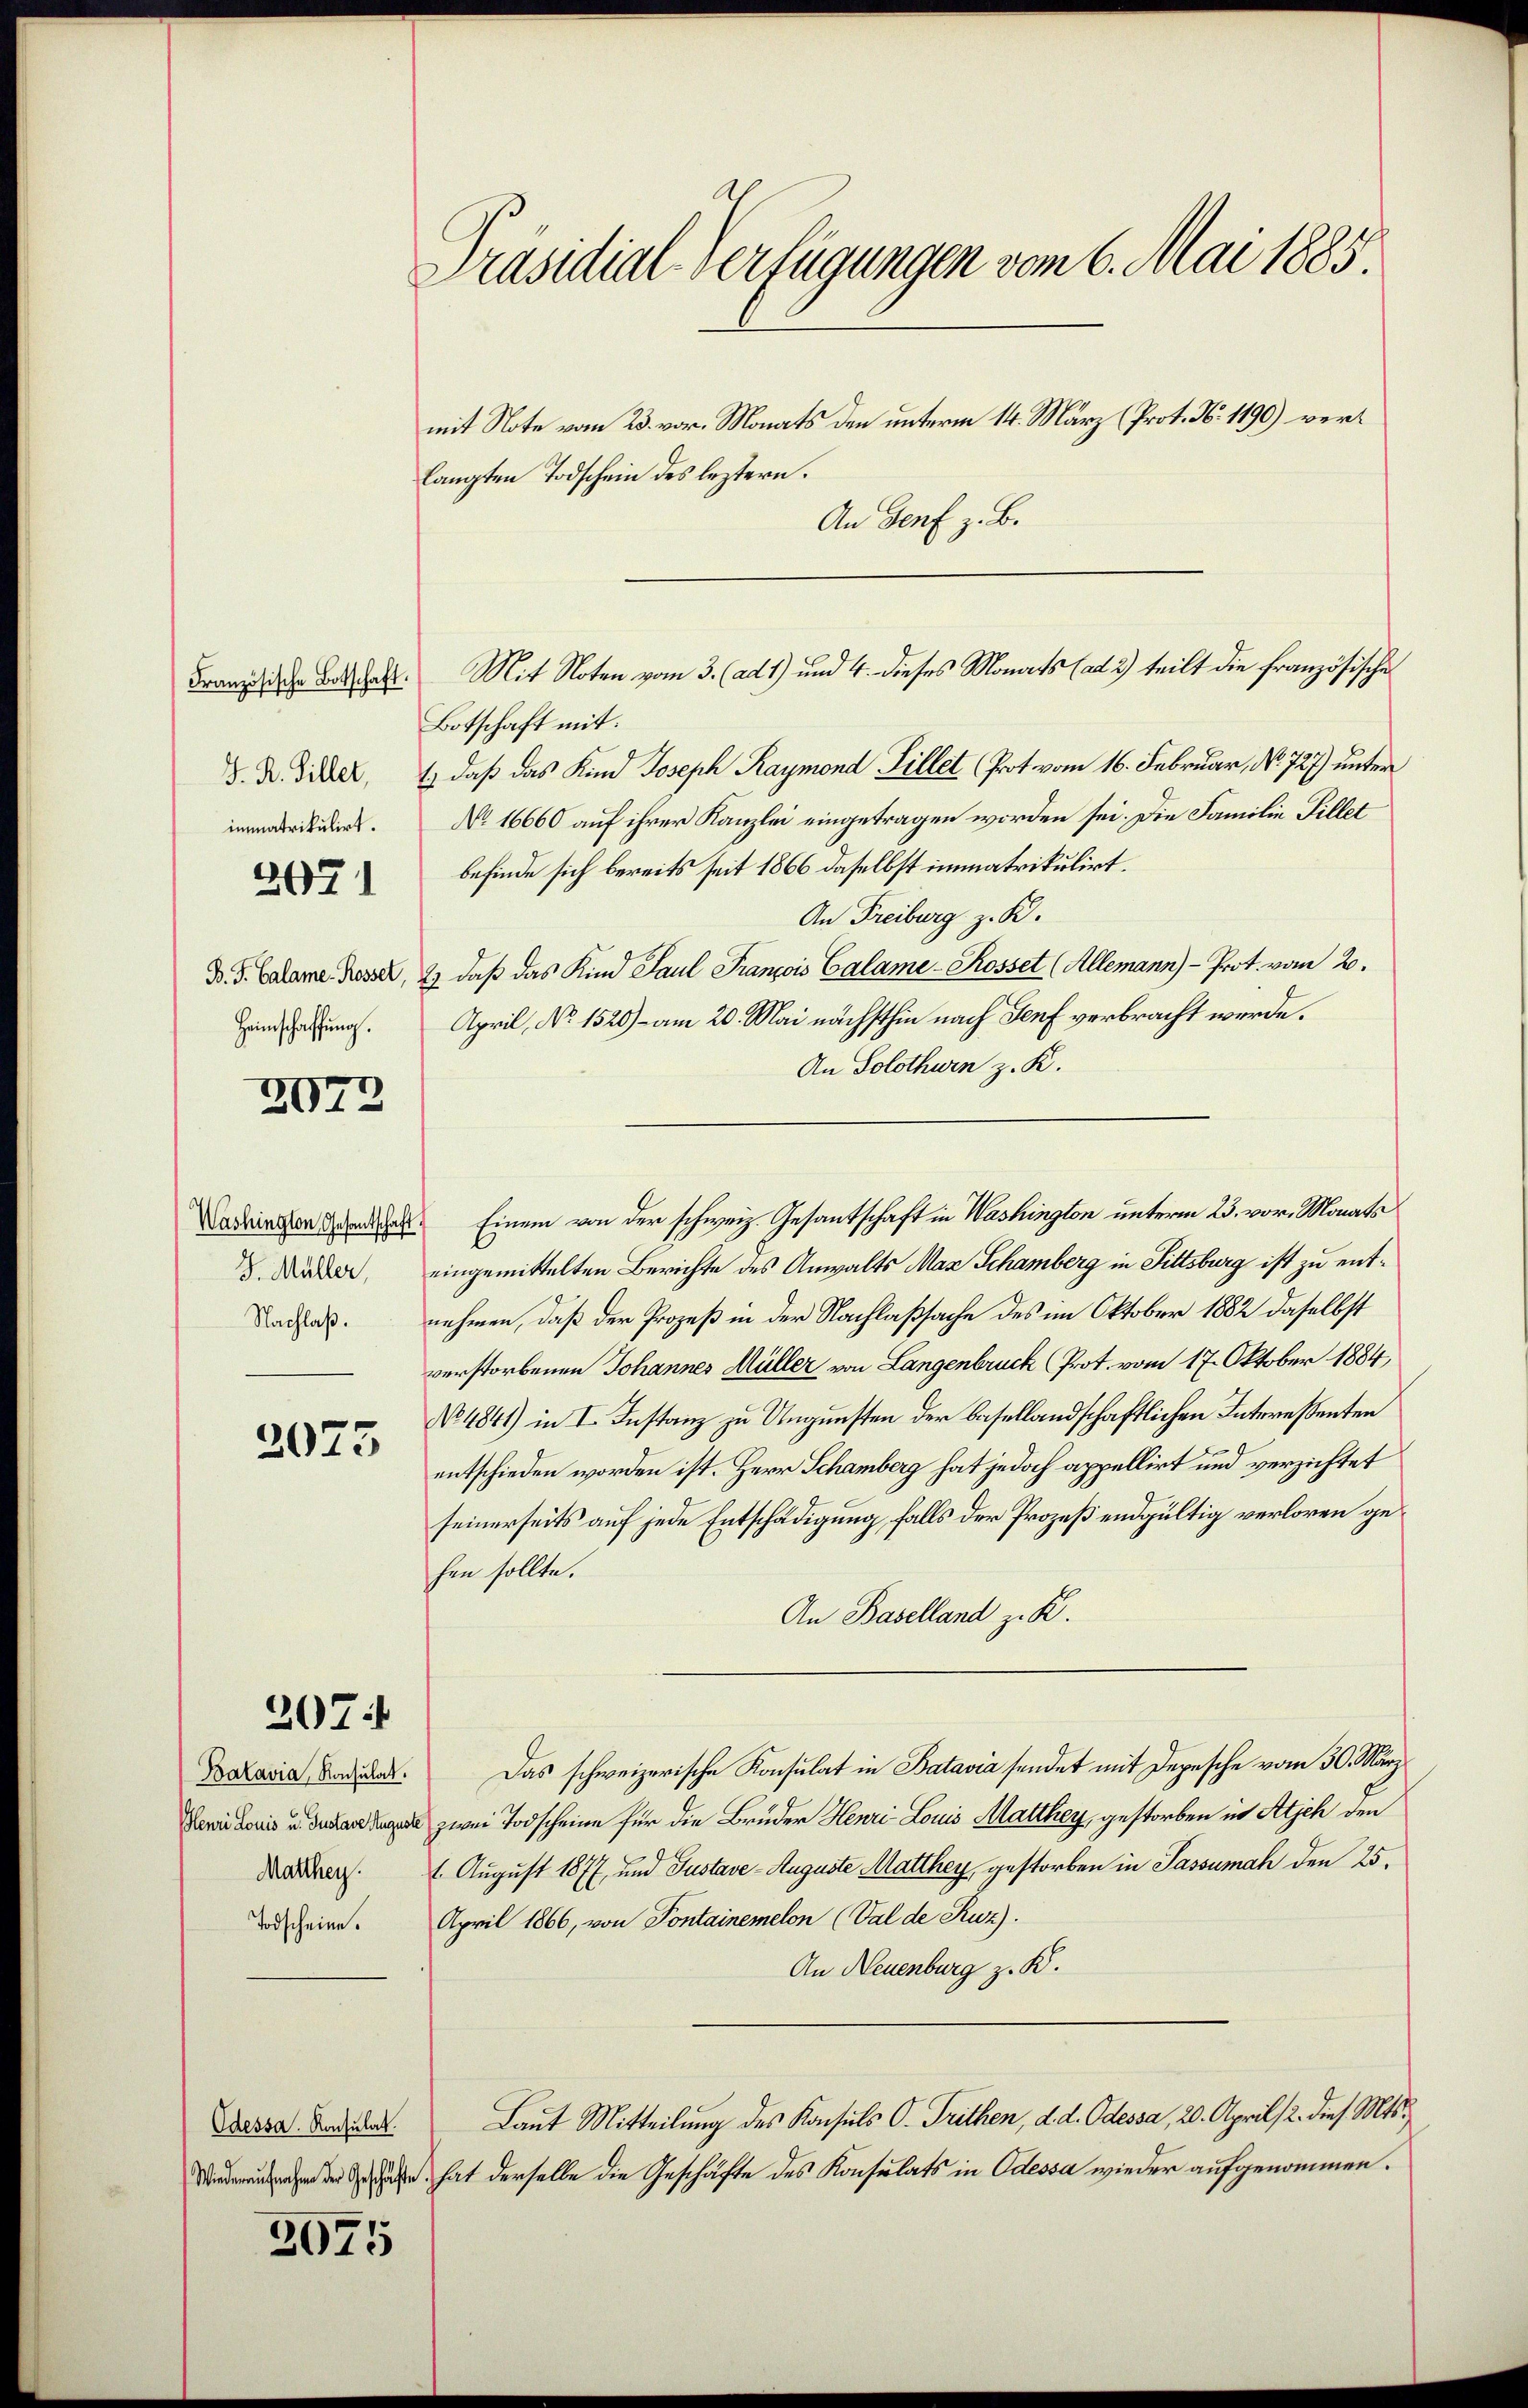
J. R. Gillet,
immatrikulirt.

2671

Heimschaffung.

2072

J. Müller,
Nachlaß.

2075

207.

Matthey.

Todscheine.

Odessa. Konsulat

2075

Präsidial-Verfügungen vom 6. Mai 1885.
mit Note vom 23. vor. Monats den unterm 14. März (Prot. N. 1190) verlangten Todschein des leztern.
An Genf z. B.

Botschaft mit.
1.) Daß das Kind Joseph Raymond Fillet (Prot. vom 16. Februar, No. 727) unter
No. 16660 auf ihrer Kanzlei eingetragen worden sei. Die Familie Fillet
befinde sich bereits seit 1866 daselbst immatrikulirt.
An Freiburg z. B.
B. G. Calame Busser, 2) daß das Kind Paul François Calame - Rosset (Allemann) - Prot. vom 20.
April, No 1526) - am 20. Mai nächsthin nach Genf verbracht werde.
An Solothurn z. K.
eingemittelten Berichte des Anwalts Max Schamberg in Fittsburg ist zu entnehmen, daß der Prozeß in der Nachlaßsache des im Oktober 1882 daselbst
verstorbenen Johannes Müller von Langenbruck Prot. vom 17. Oktober 1884,
No 4841) in I. Instanz zu Ungunsten der basellandschaftlichen Interessenten
entschieden worden ist. Herr Schamberg hat jedoch appellirt und verzichtet
seinerseits auf jede Entschädigung falls der Prozeß endgültig verloren gehen sollte.
An Baselland z. B.
Daavia Raddas. Das schweizerische Konsulat in Batavia sendet mit Depesche vom 30. März
Danie zwei Todscheine für die Brüder Henri Louis Matthey, gestorben in Attich den
1. August 1877, und Justave-Auguste Matthey gestorben in Passumah den 25.
April 1866, von Pontainemelon (Val de Ruz).
An Neuenburg z. B.
Laut Mitteilung des Konsuls O. Trithen, d. d. Odessa, 20. April 2. dieß Mts.,
ähe hat derselbe die Geschäfte des Konsulats in Odessa wieder aufgenommen.

Franz die Batthalt. Mit Noten vom 3. (ad 1) und 4. dieses Monats (ad 2) teilt die französische

Dadringen und das Einem von der schweiz. Gesantschaft in Washington unterm 23. vor. Monats